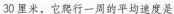
30厘米，它爬行一周的平均速度是